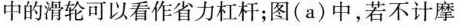
中的滑轮可以看作省力杠杆；图(a)中，若不计摩